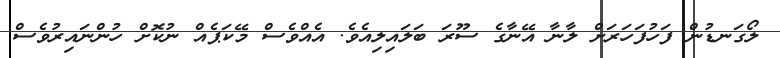
ލޯގަނޑުން ފަހުފަހަރަށް ލާނާ އޭނާގެ ސޫރަ ބަލައިލިއެވެ. އެއްވެސް މޭކަޕެއް ނުކޮށް ހުންނައިރުވެސް